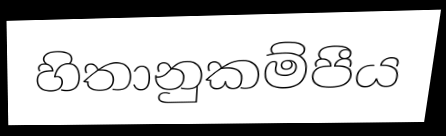
හිතානුකම්පීය